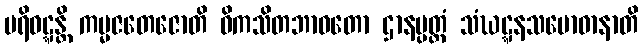
ပရိဝဋ္ဋန္တိ ကမ္မဇတေဇောတိ ဝိကသိတဘာဝတော ဌာနပ္ပတ္တံ သံဃဋ္ဋနသမောဓာနာတိ